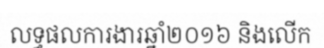
លទ្ធផលការងារឆ្នាំ២០១៦ និងលើក